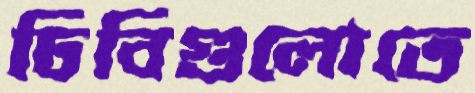
ঢিবিগুলোতে